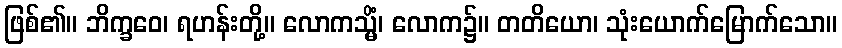
ဖြစ်၏။ ဘိက္ခဝေ၊ ရဟန်းတို့။ လောကသ္မိံ၊ လောက၌။ တတိယော၊ သုံးယောက်မြောက်သော။